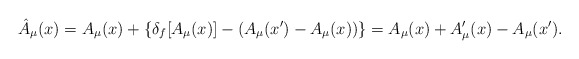
\begin{align*}\hat A_\mu (x)=A_\mu (x)+\{\delta_f[A_\mu (x)]-(A_\mu (x')-A_\mu (x))\}=A_\mu (x)+A'_\mu (x)-A_\mu (x'). \end{align*}